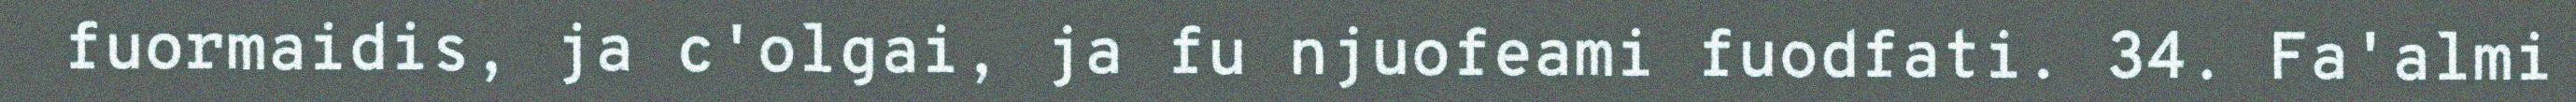
fuormaidis, ja c'olgai, ja fu njuofeami fuodfati. 34. Fa'almi